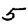
Digit: 5